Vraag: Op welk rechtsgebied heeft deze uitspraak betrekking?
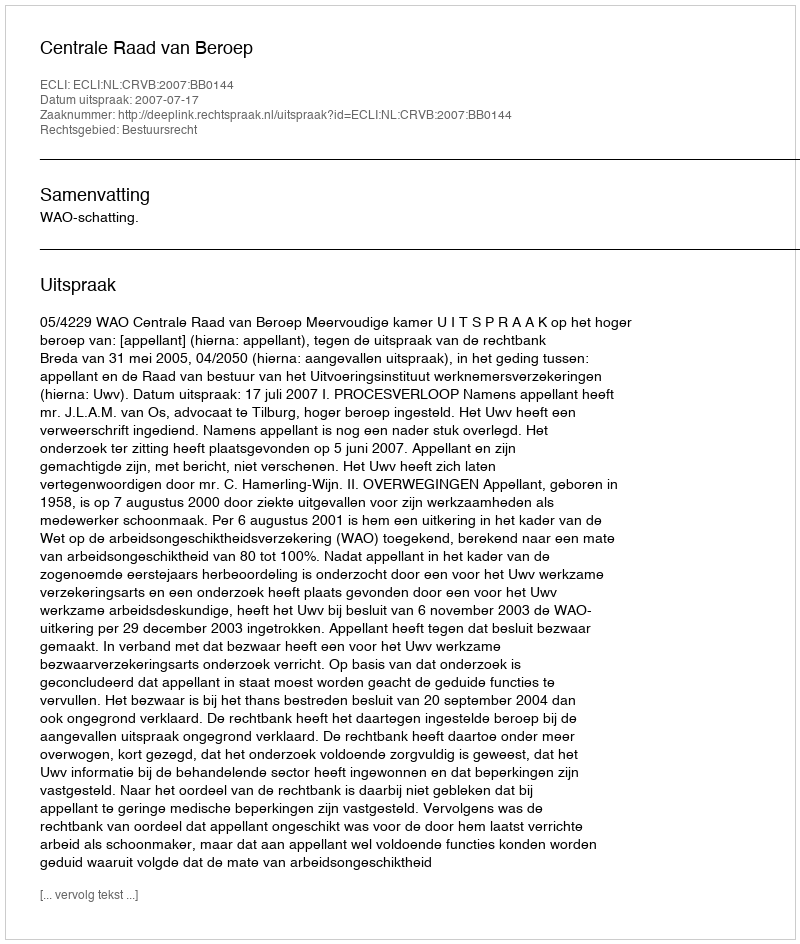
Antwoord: Bestuursrecht